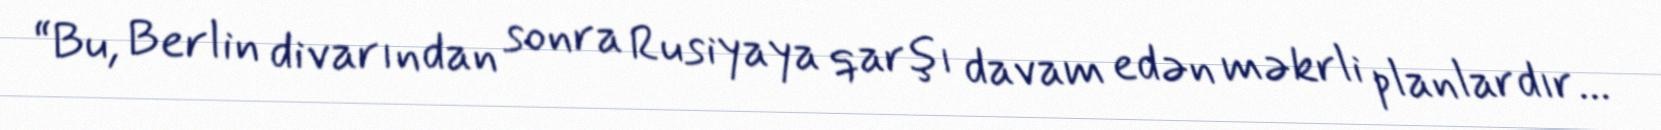
“Bu, Berlin divarından sonra Rusiyaya qarşı davam edən məkrli planlardır...